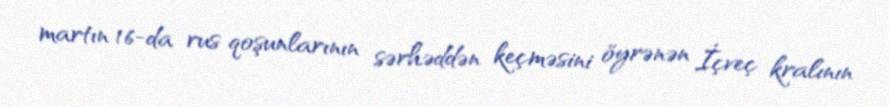
martın 16-da rus qoşunlarının sərhəddən keçməsini öyrənən İçveç kralının